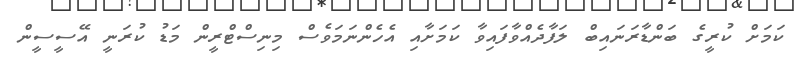
ކަމަށް ކުރީގެ ބަންޑާރަނައިބް ލަފާދެއްވާފައިވާ ކަމަށާއި އެހެންނަމަވެސް މިނިސްޓްރީން މަޑު ކުރަނީ އޭސީސީން